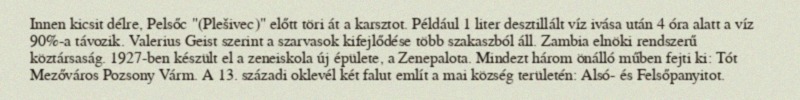
Innen kicsit délre, Pelsőc "(Plešivec)" előtt töri át a karsztot. Például 1 liter desztillált víz ivása után 4 óra alatt a víz 90%-a távozik. Valerius Geist szerint a szarvasok kifejlődése több szakaszból áll. Zambia elnöki rendszerű köztársaság. 1927-ben készült el a zeneiskola új épülete, a Zenepalota. Mindezt három önálló műben fejti ki: Tót Mezőváros Pozsony Várm. A 13. századi oklevél két falut említ a mai község területén: Alsó- és Felsőpanyitot.